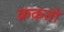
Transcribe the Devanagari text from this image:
क्रकतो